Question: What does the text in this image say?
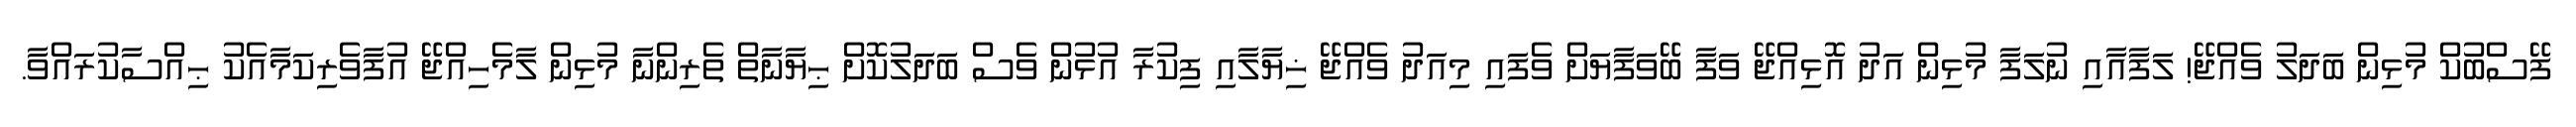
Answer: ފޭސްބުކް މުޅިން ބަދަލު ވެއްޖޭ! ލަފާއާއި ނުލަފާ މުޅިން އަދު އޮޅިއްޖޭ ވަފާ ބޭވަފާޔަށް ވެފައި މިއަދު ވެއްޖޭ ޚިޔާލާއި ފިކުރާ އުޅުން ވެސް ބަދަލުކޮށް ޙިޔާނާތް ތެރިންނާ މުޅިން ލާމެހިއްޖޭ އުފާވެރިކަމާއެކު ޙިއްސާކުރައްވާ.